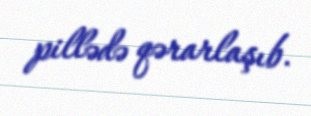
pillədə qərarlaşıb.